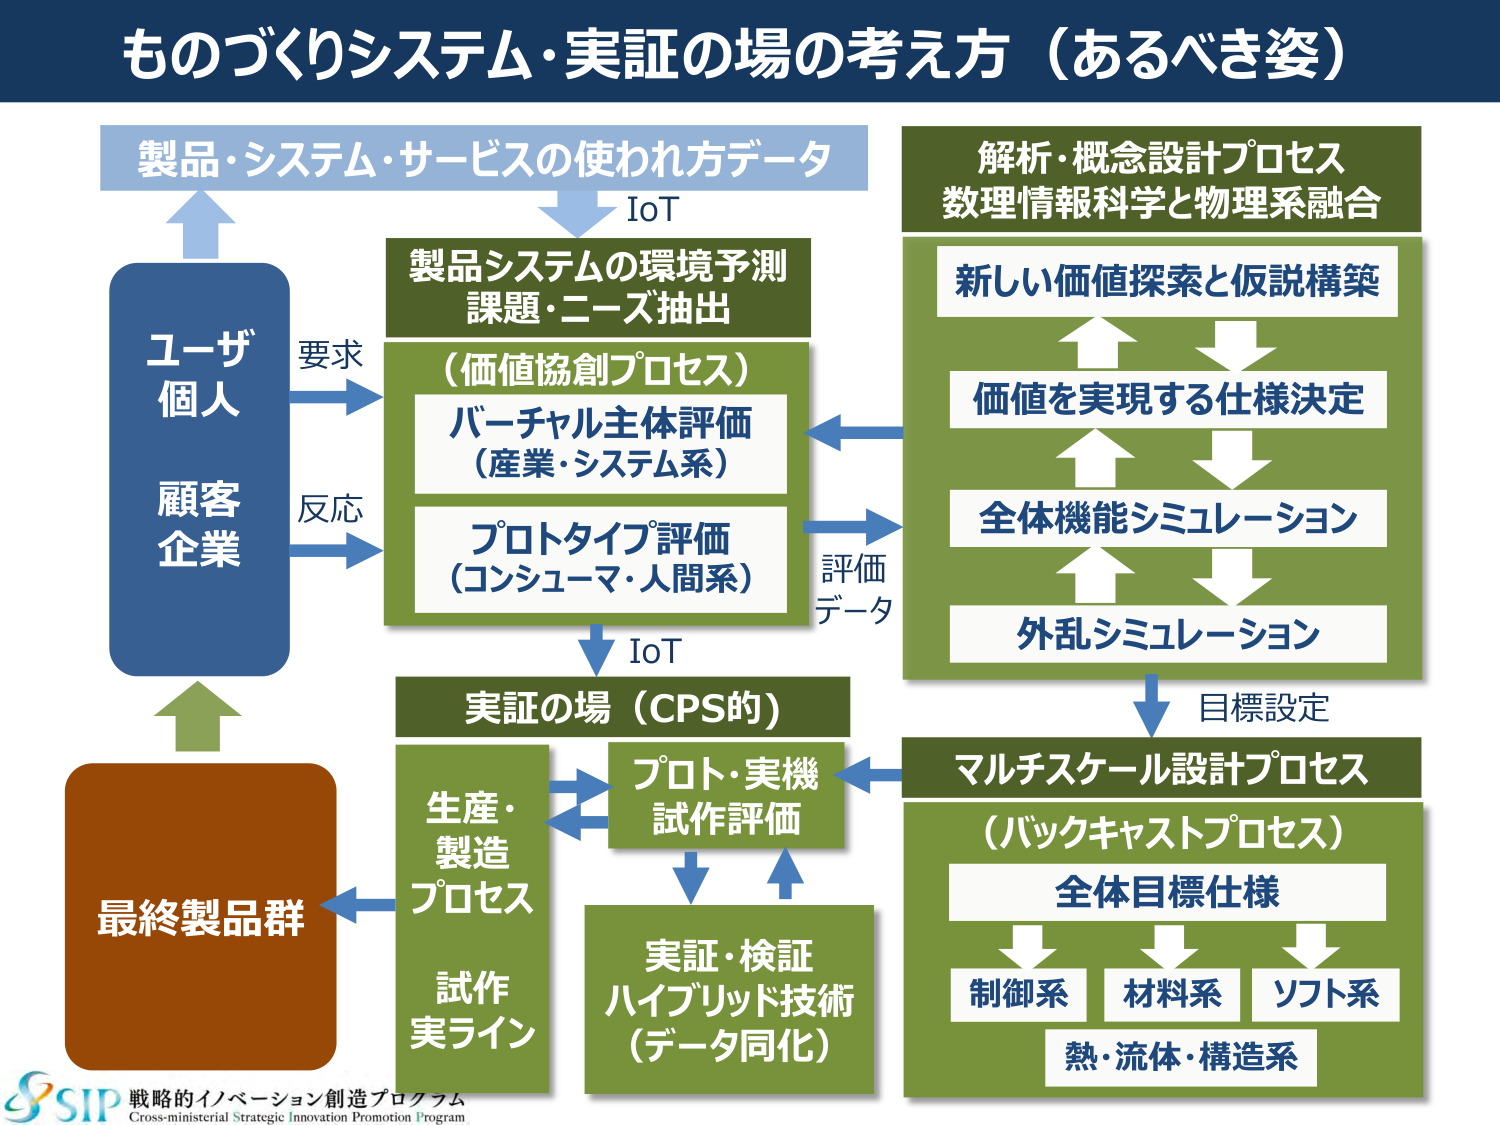
ものづくりシステム・実証の場の考え方（あるべき姿）

製品・システム・サービスの使われ方データ
IoT

ユーザー
個人
顧客
企業
要求
反応

製品システムの環境予測
課題・ニーズ抽出
（価値協創プロセス）
バーチャル主体評価
（産業・システム系）
プロトタイプ評価
（コンシューマ・人間系）
IoT

解析・概念設計プロセス
数理情報科学と物理系融合
新しい価値探索と仮説構築
価値を実現する仕様決定
全体機能シミュレーション
外乱シミュレーション
評価データ

実証の場（CPS的）
プロト・実機
試作評価
実証・検証
ハイブリッド技術
（データ同化）

マルチスケール設計プロセス
（バックキャストプロセス）
全体目標仕様
制御系
材料系
ソフト系
熱・流体・構造系
目標設定

生産・
製造
プロセス
試作
実ライン

最終製品群

SIP 戦略的イノベーション創造プログラム
Cross-ministerial Strategic Innovation Promotion Program